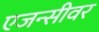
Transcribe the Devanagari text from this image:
एजन्सीवर